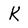
Character: K